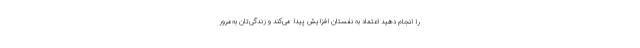
را انجام دهید اعتماد به نفستان افزایش پیدا می‌کند و زندگی‌تان به‌مرور